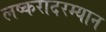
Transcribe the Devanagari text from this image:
लष्करादरम्यान